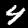
Digit: 4